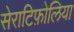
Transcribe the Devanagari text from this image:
सेराटिफ़ोलिया